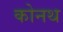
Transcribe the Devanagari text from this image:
कोनथ